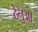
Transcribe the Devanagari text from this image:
ठेनुआ